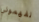
تفهموني